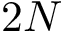
2 N